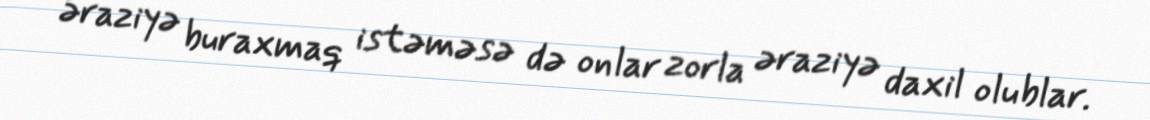
əraziyə buraxmaq istəməsə də onlar zorla əraziyə daxil olublar.